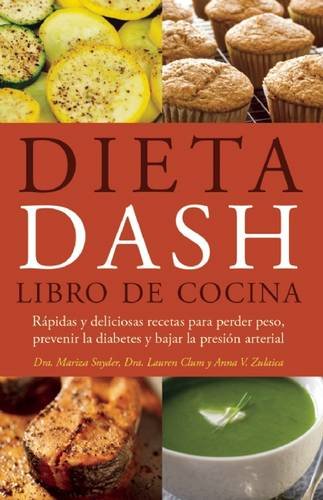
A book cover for Dieta DASH Libro de Cocina: RÃ¡pidas y Deliciosas Recetas para Perder Peso, Prevenir la Diabetes, y Bajar la PresiÃ³n Arterial; Mariza Snyder; Cookbooks, Food & Wine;